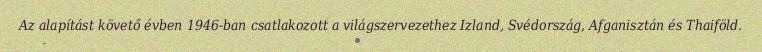
Az alapítást követő évben 1946-ban csatlakozott a világszervezethez Izland, Svédország, Afganisztán és Thaiföld.